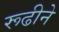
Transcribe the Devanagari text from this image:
रूढीने